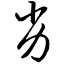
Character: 劣